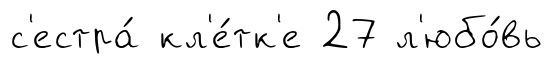
с'естра́ кл'е́тк'е 27 л'юбо́вь